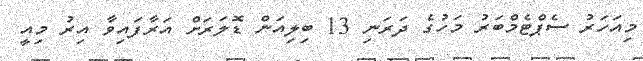
މިއަހަރު ސެޕްޓެމްބަރު މަހުގެ ދަރަނި 13 ބިލިއަން ޑޮލަރަށް އަރާފައިވާ އިރު މިއީ